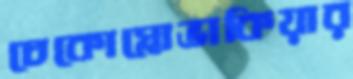
চেকোস্লোভাকিয়ার